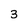
Character: 3